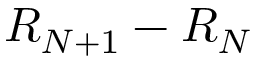
R _ { N + 1 } - R _ { N }